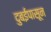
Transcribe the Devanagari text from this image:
दुबईपासून